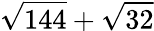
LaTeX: \sqrt{144}+\sqrt{32}